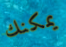
يمكنك